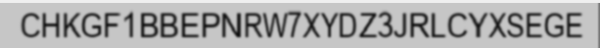
CHKGF1BBEPNRW7XYDZ3JRLCYXSEGE